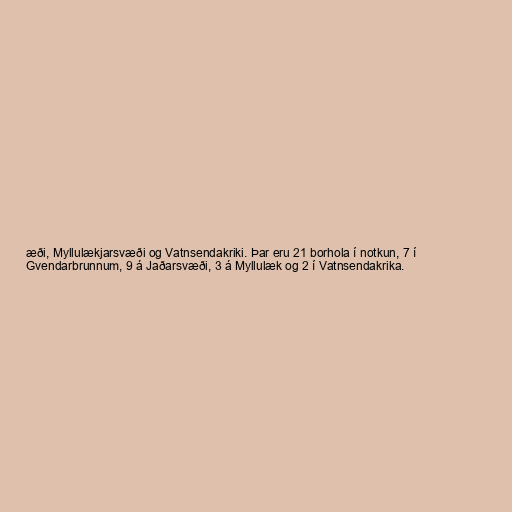
æði, Myllulækjarsvæði og Vatnsendakriki. Þar eru 21 borhola í notkun, 7 í
Gvendarbrunnum, 9 á Jaðarsvæði, 3 á Myllulæk og 2 í Vatnsendakrika.